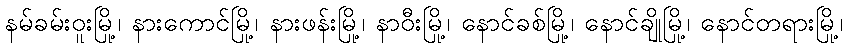
နမ်ခမ်းဝူးမြို့၊ နားကောင်မြို့၊ နားဖန်းမြို့၊ နာဝီးမြို့၊ နောင်ခစ်မြို့၊ နောင်ချိုမြို့၊ နောင်တရားမြို့၊